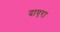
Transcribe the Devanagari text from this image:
दाएरा